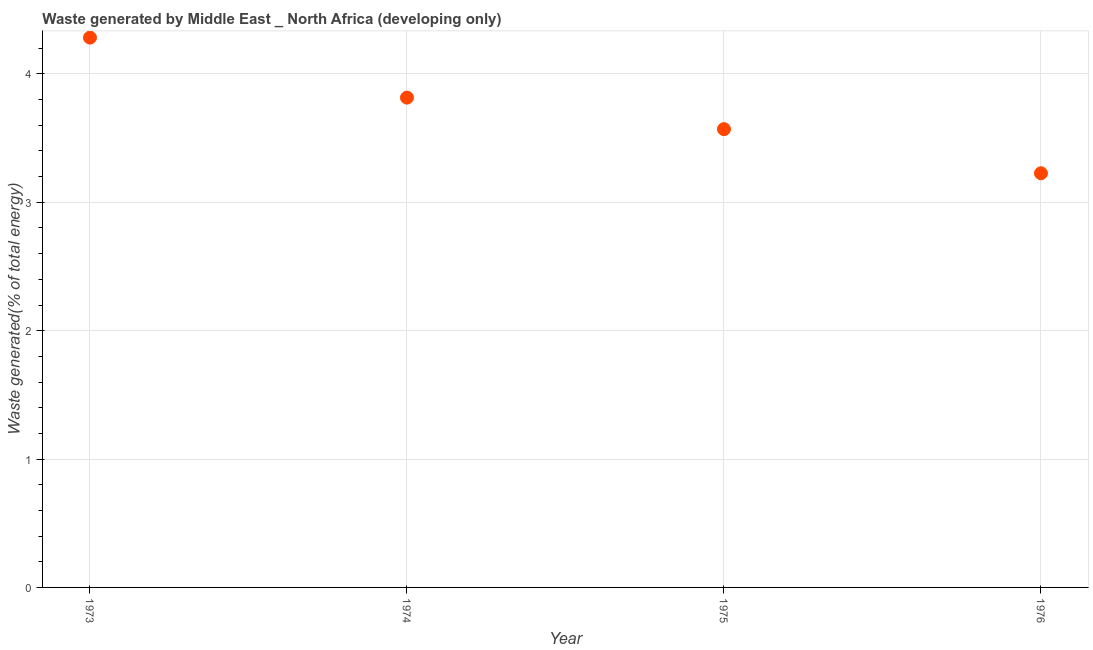
| Year | Combustible renewables and waste (% of total energy) |
 | --- | --- |
 | 1973 | 4.28 |
 | 1974 | 3.82 |
 | 1975 | 3.57 |
 | 1976 | 3.23 |